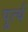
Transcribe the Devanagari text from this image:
पूर्त्य